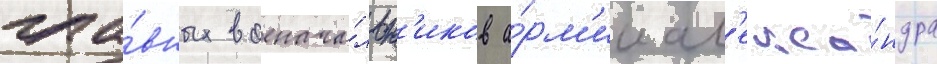
гла́вных военача́льн'иков а́рм'ии ал'екса́ндра